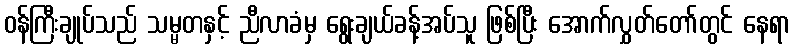
ဝန်ကြီးချုပ်သည် သမ္မတနှင့် ညီလာခံမှ ရွေးချယ်ခန့်အပ်သူ ဖြစ်ပြီး အောက်လွှတ်တော်တွင် နေရာ